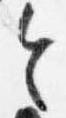
令